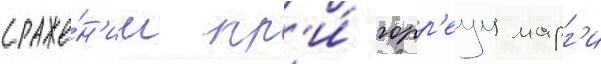
сраже́н'ии пр'и́ горр'еум марг'и